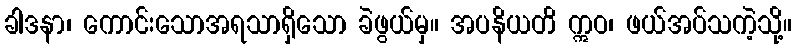
ခါဒနာ၊ ကောင်းသောအရသာရှိသော ခဲဖွယ်မှ။ အပနိယတိ ဣဝ၊ ဖယ်အပ်သကဲ့သို့။